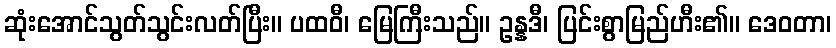
ဆုံးအောင်သွတ်သွင်းလတ်ပြီး။ ပထဝီ၊ မြေကြီးသည်။ ဥန္နဒီ၊ ပြင်းစွာမြည်ဟီး၏။ ဒေဝတာ၊